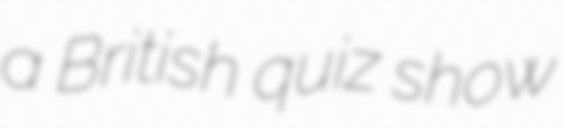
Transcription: a British quiz show